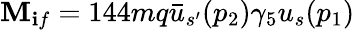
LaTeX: {\cal{\mathbf{M}}}_{\mathbf{i}f}=144mq\bar{{u}}_{s^{\prime}}(p_{2})\gamma_{5}u_{s}(p_{1})